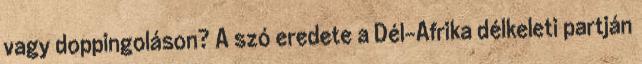
vagy doppingoláson? A szó eredete a Dél-Afrika délkeleti partján